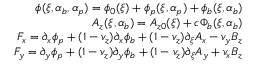
\begin{array} { r } { \phi ( \xi , \alpha _ { b } , \alpha _ { p } ) = \phi _ { 0 } ( \xi ) + \phi _ { p } ( \xi , \alpha _ { p } ) + \phi _ { b } ( \xi , \alpha _ { b } ) } \\ { A _ { z } ( \xi , \alpha _ { b } ) = A _ { z 0 } ( \xi ) + c \Phi _ { b } ( \xi , \alpha _ { b } ) } \\ { F _ { x } = \partial _ { x } \phi _ { p } + ( 1 - v _ { z } ) \partial _ { x } \phi _ { b } + ( 1 - v _ { z } ) \partial _ { \xi } A _ { x } - v _ { y } B _ { z } } \\ { F _ { y } = \partial _ { y } \phi _ { p } + ( 1 - v _ { z } ) \partial _ { y } \phi _ { b } + ( 1 - v _ { z } ) \partial _ { \xi } A _ { y } + v _ { x } B _ { z } } \end{array}